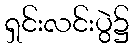
ရှင်းလင်းပွဲ၌